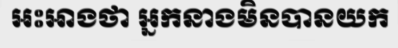
អះអាងថា អ្នកនាងមិនបានយក